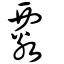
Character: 覈